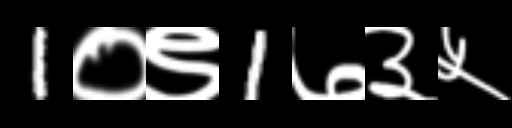
Text: 1०९1७३५